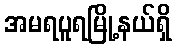
အမရပူရမြို့နယ်ရှိ